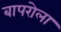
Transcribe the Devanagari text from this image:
बापरोला